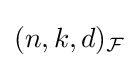
(n,k,d)_{\mathcal {F}}